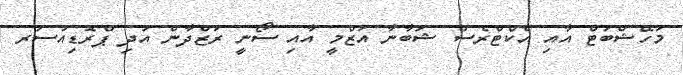
މަހޭޝްބަޓް އާއި އެކްޓްރެސް ޝަބާނާ އަޒްމީ އާއި ސޯނީ ރަޒްދާން އަދި ޕްރޮޑިއުސަރ